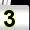
Digit: 3